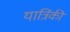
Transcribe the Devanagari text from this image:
यात्रिंकी